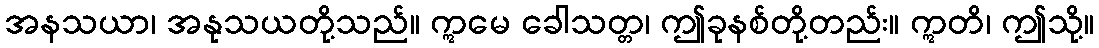
အနသယာ၊ အနုသယတို့သည်။ ဣမေ ခေါသတ္တ၊ ဤခုနစ်တို့တည်း။ ဣတိ၊ ဤသို့။